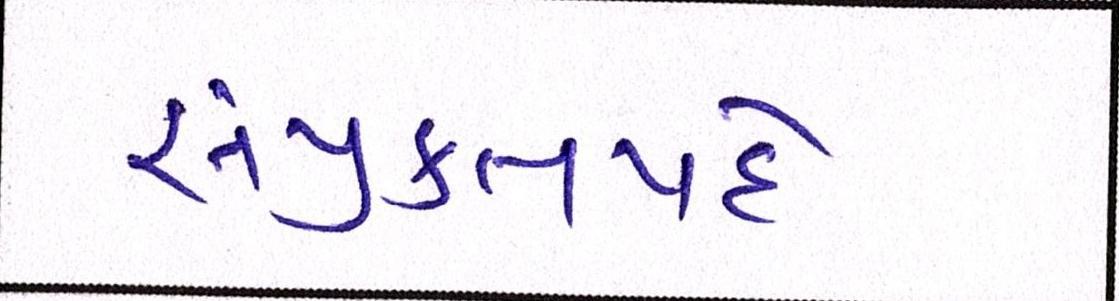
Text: સંયુક્તપદે